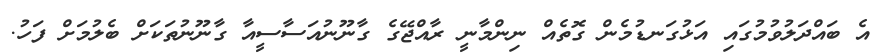
އެ ބައްދަލުވުމުގައި އަޅުގަނޑުމެން ގޮތެއް ނިންމާނީ ރާއްޖޭގެ ގާނޫނުއަސާސީއާ ގާނޫނުތަކަށް ބެލުމަށް ފަހު.